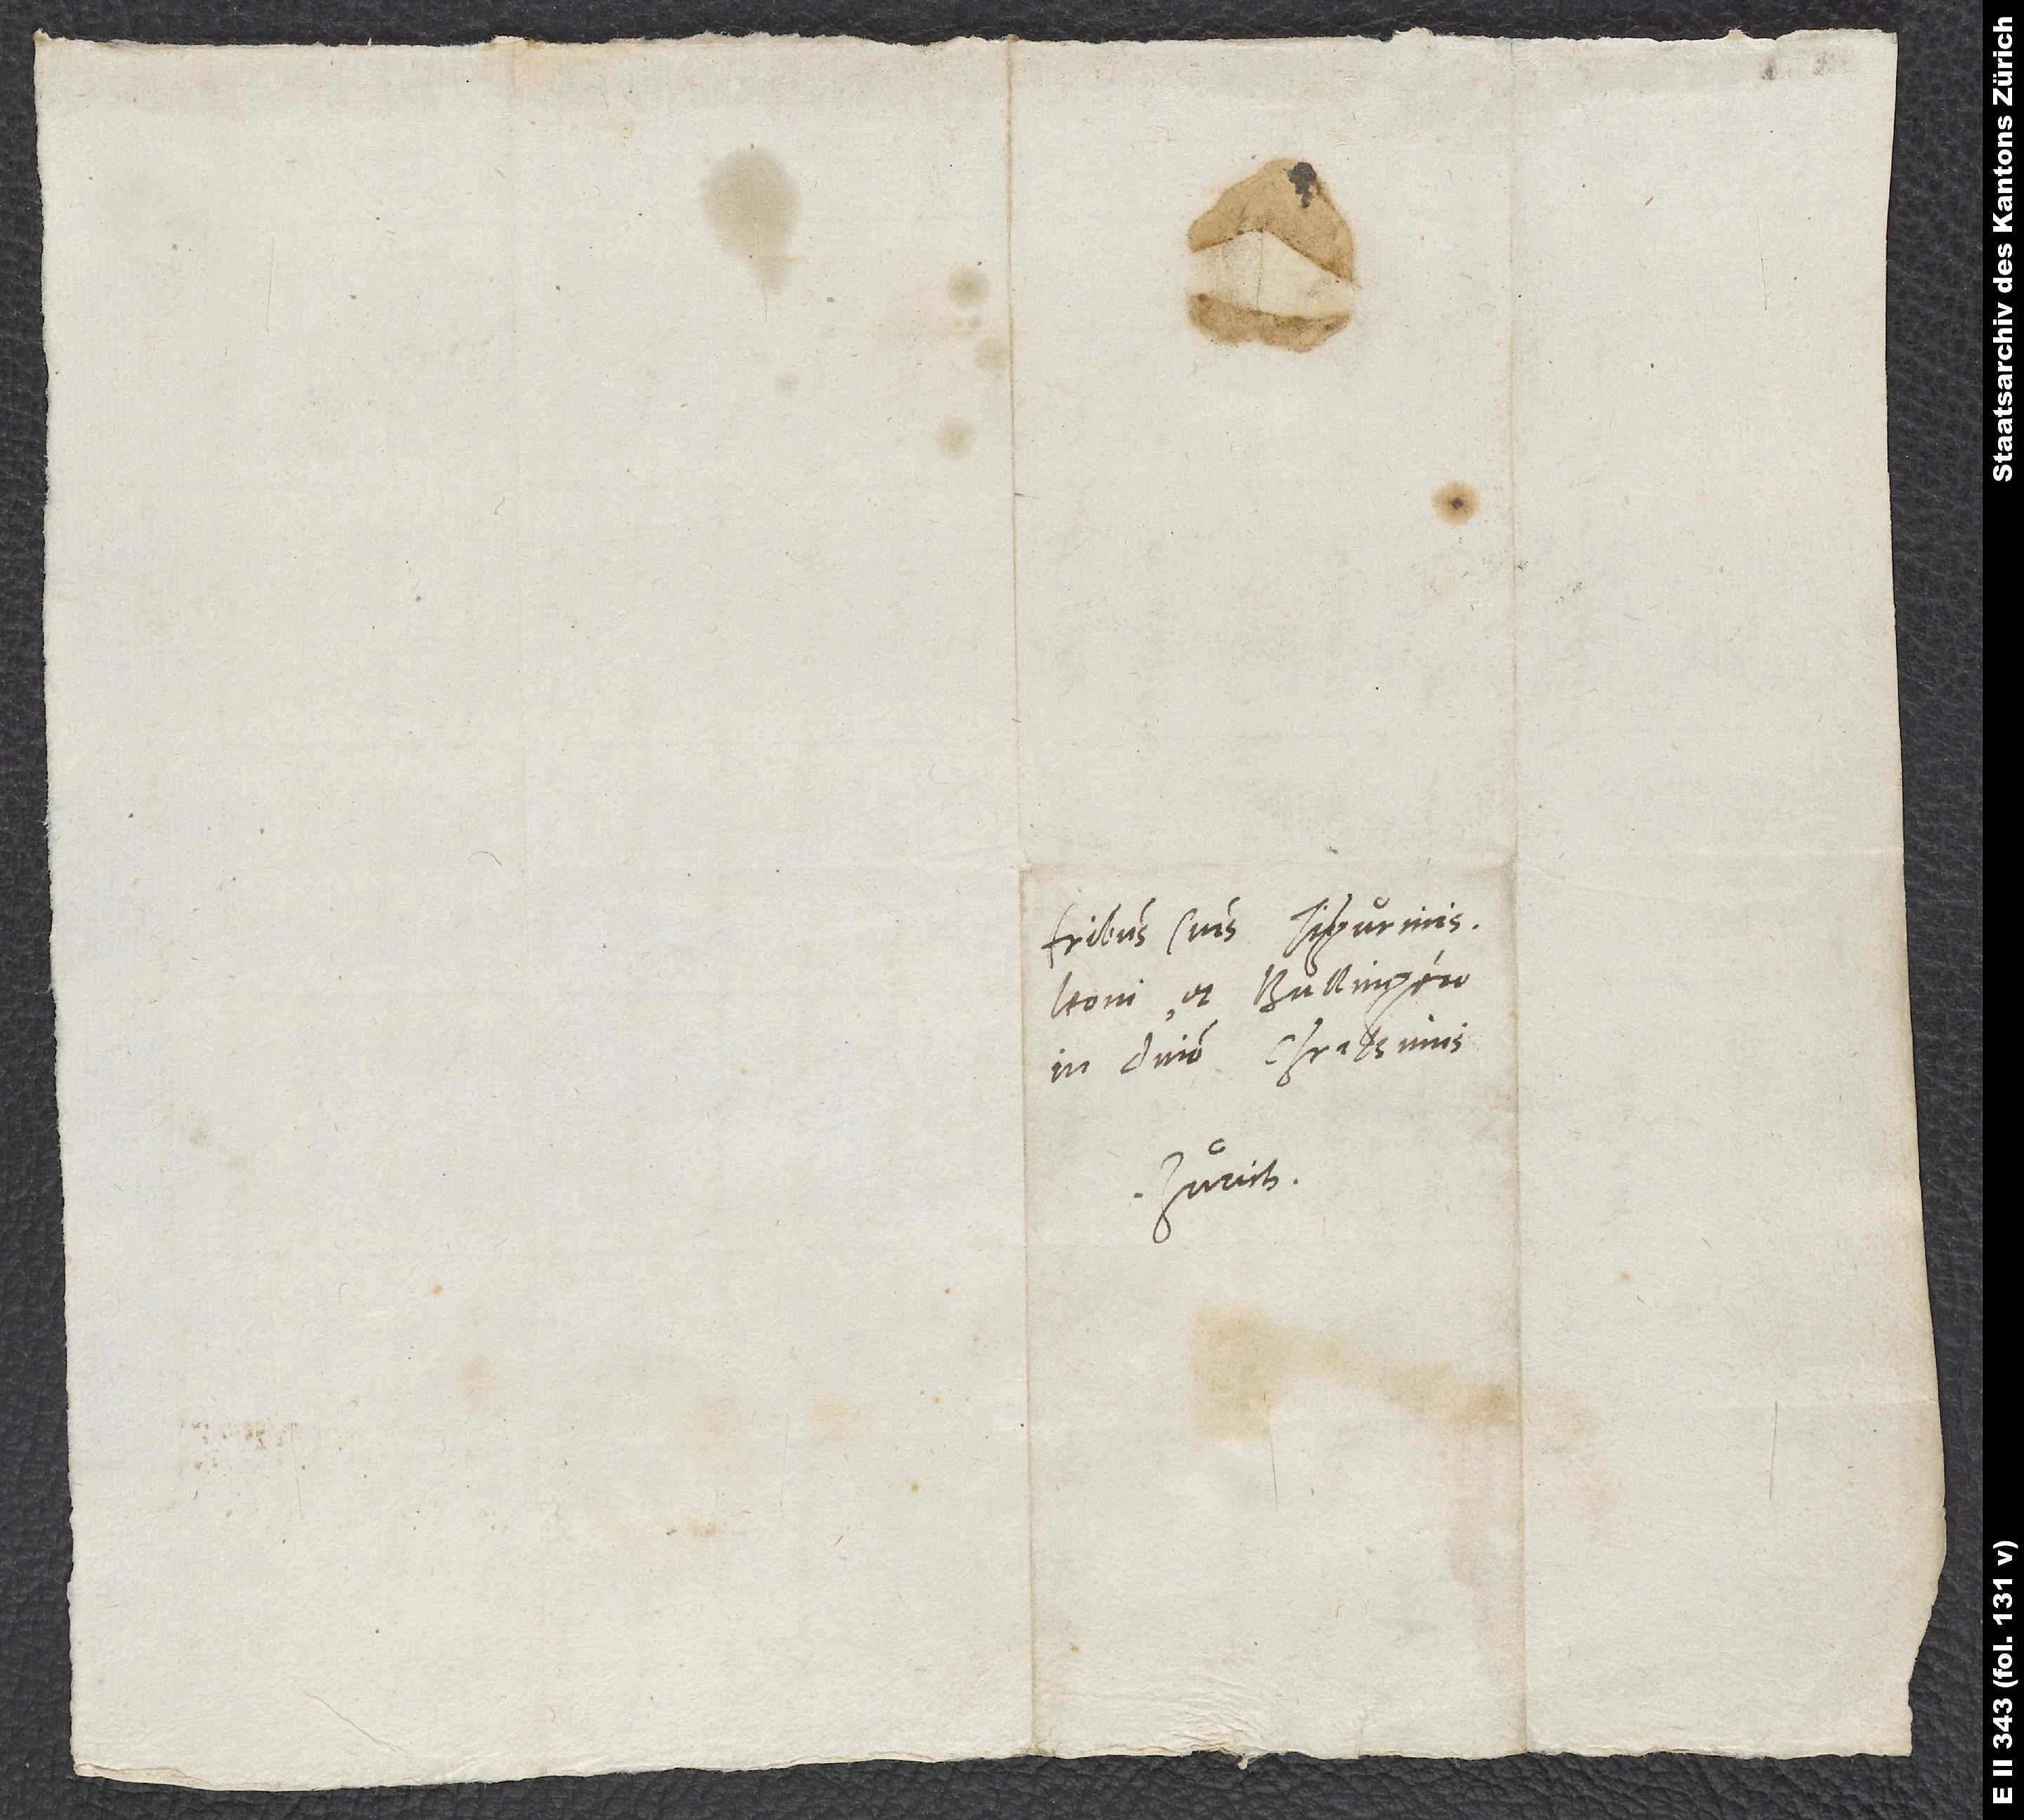
Fratribus suis Tigurinis
Leoni et Bullingero
in domino charissimis.
Zurich.